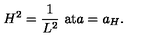
H ^ { 2 } = { \frac { 1 } { L ^ { 2 } } } \ \mathrm { a t } a = a _ { H } .